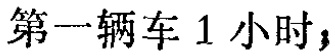
第一辆车 1 小时，